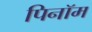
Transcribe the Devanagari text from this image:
पिनॉम